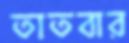
তাতবার